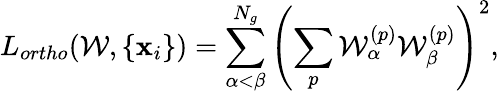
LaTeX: L_{ortho}({\mathcal W},\{ \mathbf x_{i}\} )=\sum_{\alpha<\beta}^{N_{g}}\left(\sum_{p}{\mathcal W}_{\alpha}^{(p)}{\mathcal W}_{\beta}^{(p)}\right)^{2},